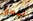
اعمق